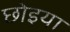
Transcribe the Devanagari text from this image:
छोइया